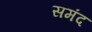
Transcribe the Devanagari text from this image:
समंद